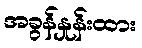
အခွန်နှုန်းထား